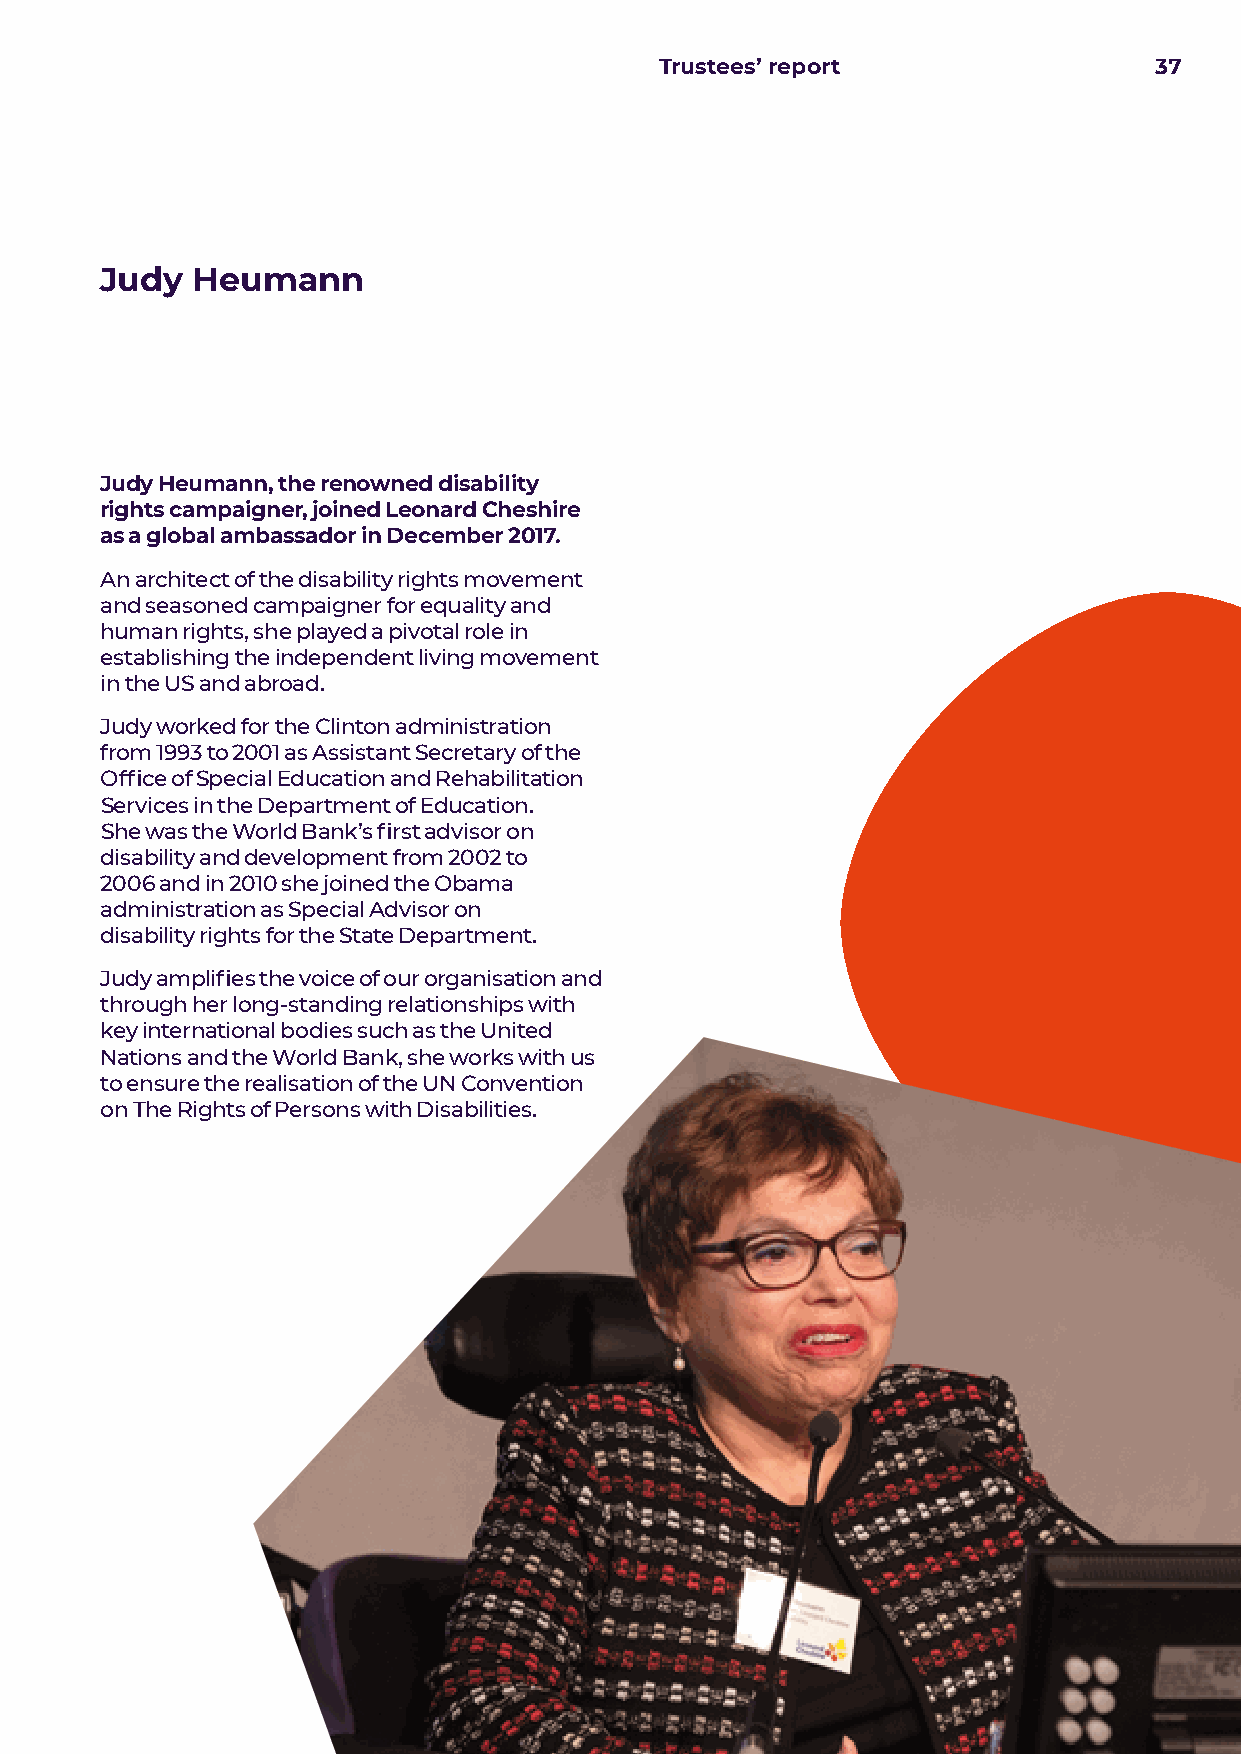
Trustees’ report                37
 Judy  Heumann
 Judy Heumann, the renowned disability
 rights campaigner, joined Leonard Cheshire
 as a global ambassador in December 2017.
 An architect of the disability rights movement
 and seasoned campaigner for equality and
 human rights, she played a pivotal role in
 establishing the independent living movement
 in the US and abroad.
 Judy worked for the Clinton administration
 from 1993 to 2001 as Assistant Secretary of the
 Office of Special Education and Rehabilitation
 Services in the Department of Education.
 She was the World Bank’s first advisor on
 disability and development from 2002 to
 2006 and in 2010 she joined the Obama
 administration as Special Advisor on
 disability rights for the State Department.
 Judy amplifies the voice of our organisation and
 through her long-standing relationships with
 key international bodies such as the United
 Nations and the World Bank, she works with us
 to ensure the realisation of the UN Convention
 on The Rights of Persons with Disabilities.